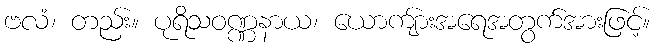
ဗလံ၊ တည်း။ ပုရိသဝဏ္ဏနာယ၊ ယောကျ်ားအရေအတွက်အားဖြင့်။